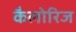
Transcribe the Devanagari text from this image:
कैलोरिज